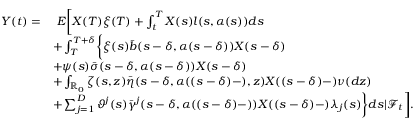
\begin{array} { r l } { Y ( t ) = } & { \ E \biggl [ X ( T ) \xi ( T ) + \int _ { t } ^ { T } X ( s ) l ( s , \alpha ( s ) ) d s } \\ & { + \int _ { T } ^ { T + \delta } \biggl \{ \xi ( s ) \bar { b } ( s - \delta , \alpha ( s - \delta ) ) X ( s - \delta ) } \\ & { + \psi ( s ) \bar { \sigma } ( s - \delta , \alpha ( s - \delta ) ) X ( s - \delta ) } \\ & { + \int _ { \mathbb { R } _ { 0 } } \zeta ( s , z ) \bar { \eta } ( s - \delta , \alpha ( ( s - \delta ) - ) , z ) X ( ( s - \delta ) - ) \nu ( d z ) } \\ & { + \sum _ { j = 1 } ^ { D } \vartheta ^ { j } ( s ) \bar { \gamma } ^ { j } ( s - \delta , \alpha ( ( s - \delta ) - ) ) X ( ( s - \delta ) - ) \lambda _ { j } ( s ) \biggr \} d s | \mathcal { F } _ { t } \biggr ] . } \end{array}